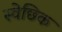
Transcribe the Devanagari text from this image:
स्वेछिक